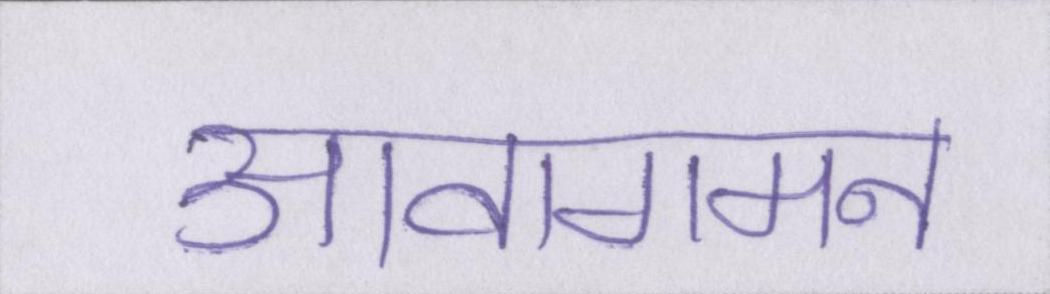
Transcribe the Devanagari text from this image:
आवागमन